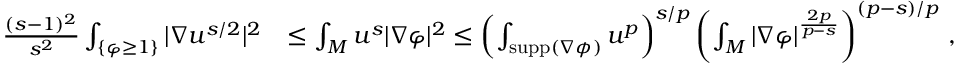
\begin{array} { r l } { \frac { ( s - 1 ) ^ { 2 } } { s ^ { 2 } } \int _ { \{ \varphi \ge 1 \} } | \nabla u ^ { s / 2 } | ^ { 2 } } & { \le \int _ { M } u ^ { s } | \nabla \varphi | ^ { 2 } \le \left( \int _ { \operatorname { s u p p } ( \nabla \phi ) } u ^ { p } \right) ^ { s / p } \left( \int _ { M } | \nabla \varphi | ^ { \frac { 2 p } { p - s } } \right) ^ { ( p - s ) / p } \, , } \end{array}